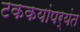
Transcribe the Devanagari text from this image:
टककयांपर्यंत